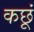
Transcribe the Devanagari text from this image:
कछूं